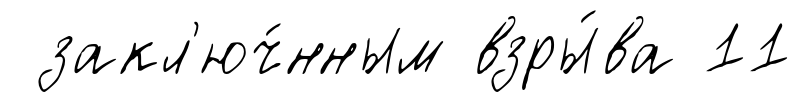
закл'юч́нным взры́ва 11